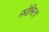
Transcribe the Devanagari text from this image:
कोस्तिच